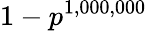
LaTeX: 1-p^{1,000,000}